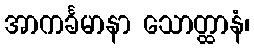
အာကင်္ခမာနာ သောတ္ထာနံ၊